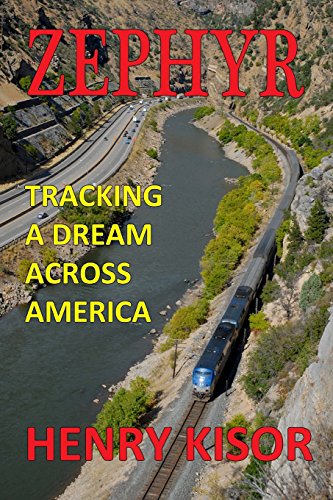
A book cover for Zephyr; Henry Kisor; Travel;